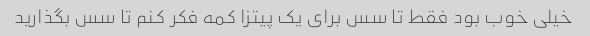
خیلی خوب بود فقط تا سس برای یک پیتزا کمه فکر کنم تا سس بگذارید